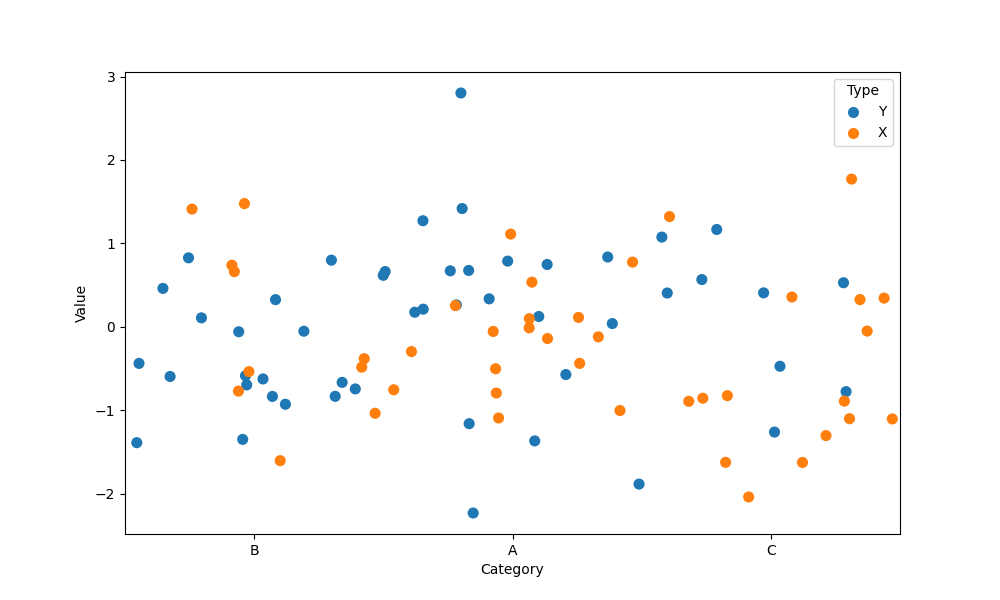
python, seaborn, stripplot, jitter=True, dodge=True, alpha=1.0, size=8